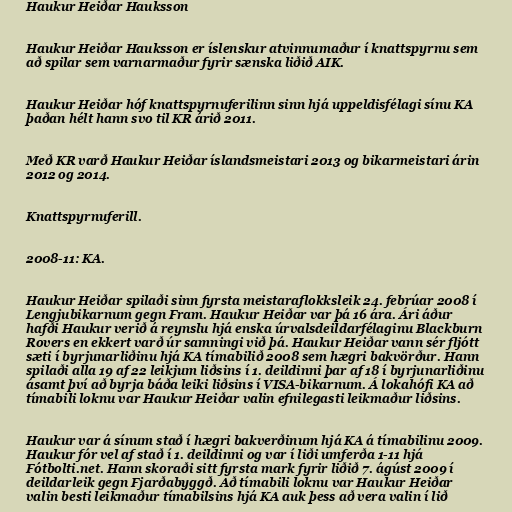
Haukur Heiðar Hauksson

Haukur Heiðar Hauksson er íslenskur atvinnumaður í knattspyrnu sem
að spilar sem varnarmaður fyrir sænska liðið AIK.

Haukur Heiðar hóf knattspyrnuferilinn sinn hjá uppeldisfélagi sínu KA
þaðan hélt hann svo til KR árið 2011.

Með KR varð Haukur Heiðar íslandsmeistari 2013 og bikarmeistari árin
2012 og 2014.

Knattspyrnuferill.

2008-11: KA.

Haukur Heiðar spilaði sinn fyrsta meistaraflokksleik 24. febrúar 2008 í
Lengjubikarnum gegn Fram. Haukur Heiðar var þá 16 ára. Ári áður
hafði Haukur verið á reynslu hjá enska úrvalsdeildarfélaginu Blackburn
Rovers en ekkert varð úr samningi við þá. Haukur Heiðar vann sér fljótt
sæti í byrjunarliðinu hjá KA tímabilið 2008 sem hægri bakvörður. Hann
spilaði alla 19 af 22 leikjum liðsins í 1. deildinni þar af 18 í byrjunarliðinu
ásamt því að byrja báða leiki liðsins í VISA-bikarnum. Á lokahófi KA að
tímabili loknu var Haukur Heiðar valin efnilegasti leikmaður liðsins.

Haukur var á sínum stað í hægri bakverðinum hjá KA á tímabilinu 2009.
Haukur fór vel af stað í 1. deildinni og var í liði umferða 1-11 hjá
Fótbolti.net. Hann skoraði sitt fyrsta mark fyrir liðið 7. ágúst 2009 í
deildarleik gegn Fjarðabyggð. Að tímabili loknu var Haukur Heiðar
valin besti leikmaður tímabilsins hjá KA auk þess að vera valin í lið